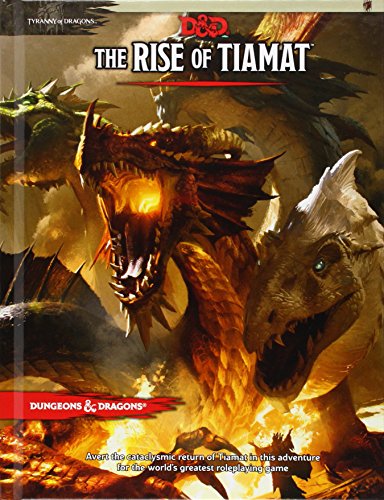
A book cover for The Rise of Tiamat (D&D Adventure); Wizards RPG Team; Science Fiction & Fantasy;